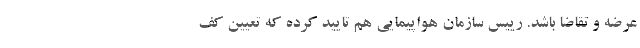
عرضه و تقاضا باشد. رییس سازمان هواپیمایی هم تایید کرده که تعیین کف